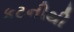
કટનીથી